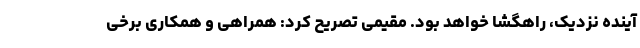
آینده نزدیک، راهگشا خواهد بود. مقیمی تصریح کرد: همراهی و همکاری برخی